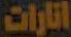
اتارات